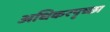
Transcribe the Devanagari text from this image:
अधिकरपृच्छा